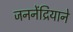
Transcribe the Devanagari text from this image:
जननेंद्रियाने